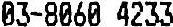
03-8060 4233